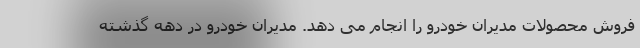
فروش محصولات مدیران خودرو را انجام می دهد. مدیران خودرو در دهه گذشته